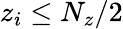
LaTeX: z_{i}\leq N_{z}/2